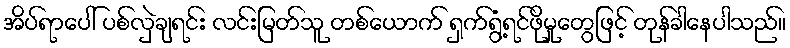
အိပ်ရာပေါ် ပစ်လှဲချရင်း လင်းမြတ်သူ တစ်ယောက် ရှက်ရွံ့ရင်ဖိုမှုတွေဖြင့် တုန်ခါနေပါသည်။